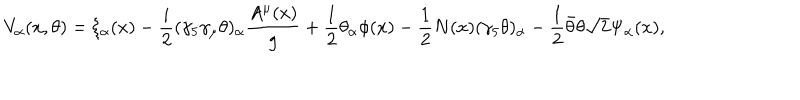
V _ { \alpha } ( x , \theta ) = \xi _ { \alpha } ( x ) - \frac { i } { 2 } ( \gamma _ { 5 } \gamma _ { \mu } \theta ) _ { \alpha } \frac { A ^ { \mu } ( x ) } { g } + \frac { 1 } { 2 } \theta _ { \alpha } \phi ( x ) - \frac { 1 } { 2 } N ( x ) ( \gamma _ { 5 } \theta ) _ { \alpha } - \frac { 1 } { 2 } \bar { \theta } \theta \sqrt { 2 } \Psi _ { \alpha } ( x ) ,